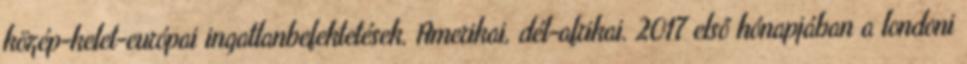
közép-kelet-európai ingatlanbefektetések. Amerikai, dél-afrikai. 2017 első hónapjában a londoni